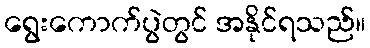
ရွေးကောက်ပွဲတွင် အနိုင်ရသည်။